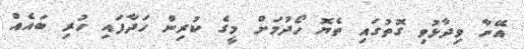
އޭނާ ވިދާޅުވި ގޮތުގައި ތެޔޮ ހޯދުމަށް މީގެ ކުރިން ހަދާފައި ހުރި ބައެއް